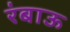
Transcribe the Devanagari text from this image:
रंबाऊ